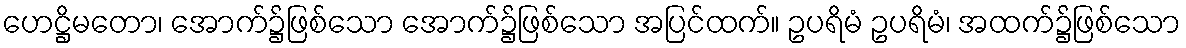
ဟေဋ္ဌိမတော၊ အောက်၌ဖြစ်သော အောက်၌ဖြစ်သော အပြင်ထက်။ ဥပရိမံ ဥပရိမံ၊ အထက်၌ဖြစ်သော